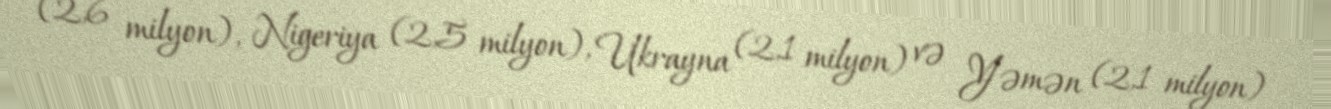
(2,6 milyon), Nigeriya (2,5 milyon), Ukrayna (2,1 milyon) və Yəmən (2,1 milyon)